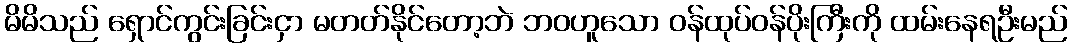
မိမိသည် ရှောင်ကွင်းခြင်းငှာ မတတ်နိုင်တော့ဘဲ ဘဝဟူသော ဝန်ထုပ်ဝန်ပိုးကြီးကို ထမ်းနေရဦးမည်